Report of the Lahore Medical School Hospital
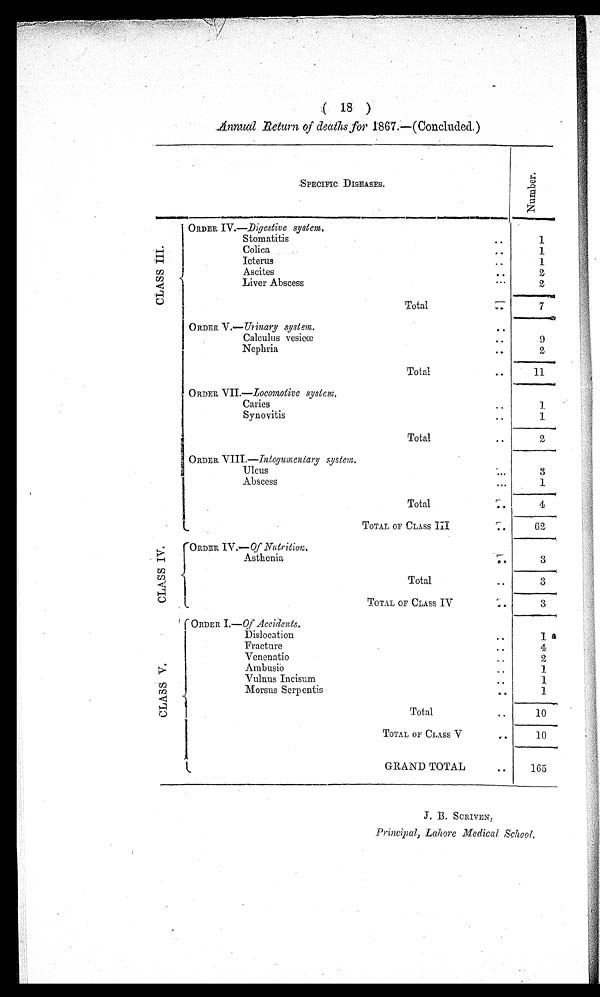
( 18 )
Annual Return of deaths for 1867.—(Concluded.)
SPECIFIC DISEASES.
N u m b e r .
C L A S S I I I .
ORDER IV.—Digestive system.
. . .
Stomatitis. . .
1
Colica
.
.
.
1
Icterus . . .
1
Ascites
.
.
.
2
Liver Abscess . . .
2
T o t a l . . .
7
ORDER V.—Urinary system .
.
.
.
. . .
Calculus vesicœ . . .
9
Nephria
.
.
.
2
Total . . .
11
ORDER VII . —Locomotive system.
Caries
.
.
.
1
Synovitis . . .
1
Total . . .
2
C L A S S I V .
ORDER VIII .—Integumentary system.
Ulcus
.
.
.
3
Abscess
.
.
.
1
Total . . .
4
TOTAL OF CLASS III . . .
62
ORDER IV.— Of Nutrition.
Asthenia
.
.
.
3
Total . . .
3
TOTAL OF CLASS IV
3
ORDER I.— Of Accidents.
C L A S S V .
Dislocation . . .
1
Fracture . . .
4
Venenatio . . .
2
Ambusio
.
.
.
1
Vulnus Incisum . . .
1
M o r s u s S e r p e n t i s . . .
1
Total . . .
10
TOTAL OF CLASS V . . .
10
GRAND TOTAL . . .
165
Principal, Lahore Medical School.